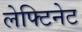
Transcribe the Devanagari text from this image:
लेफ्टिनेट